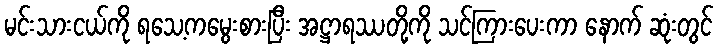
မင်းသားငယ်ကို ရသေ့ကမွေးစားပြီး အဋ္ဌာရဿတို့ကို သင်ကြားပေးကာ နောက် ဆုံးတွင်